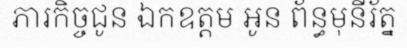
ភារកិច្ចជូន ឯកឧត្តម អូន ព័ន្ធមុនីរ័ត្ន